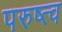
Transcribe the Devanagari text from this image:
परुष्त्व